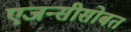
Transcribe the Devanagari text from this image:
एजन्सीसोबत